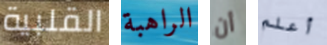
القلبية الراهبة أن أعلم